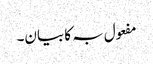
مفعول بہ کا بیان۔